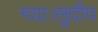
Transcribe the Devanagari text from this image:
गया।सुदीप